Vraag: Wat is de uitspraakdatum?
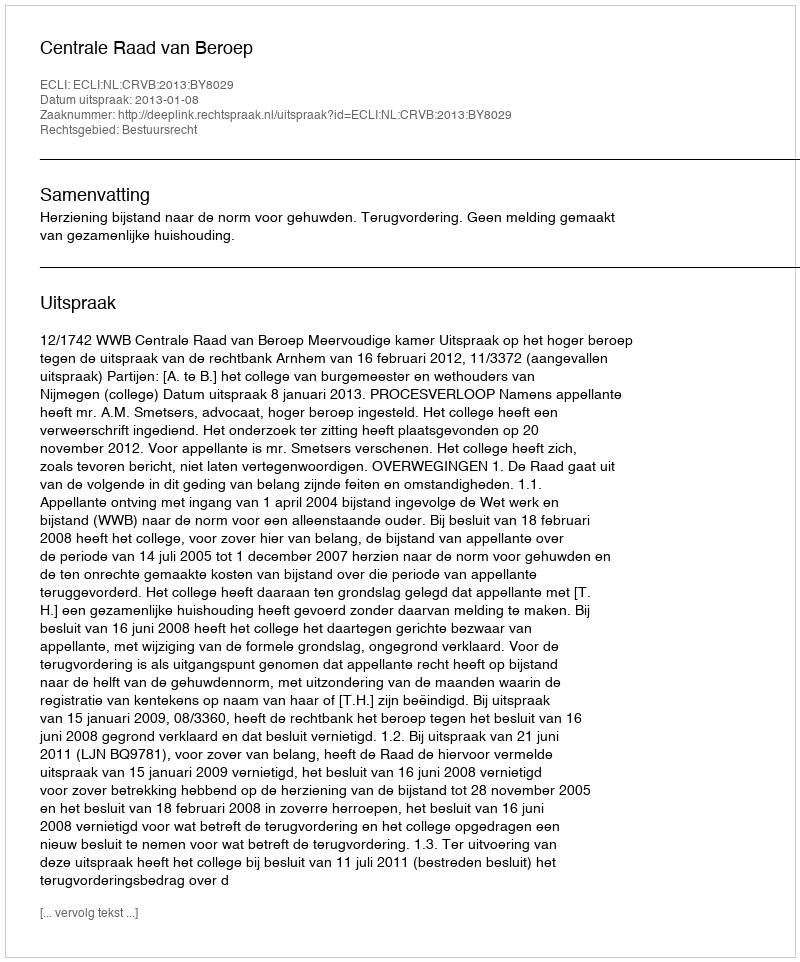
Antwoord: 2013-01-08